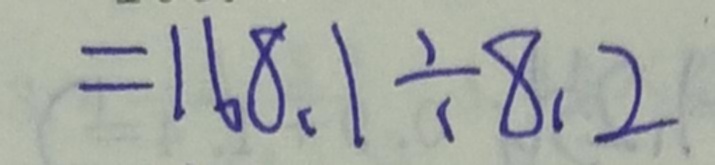
= 1 6 8 . 1 \div 8 . 2